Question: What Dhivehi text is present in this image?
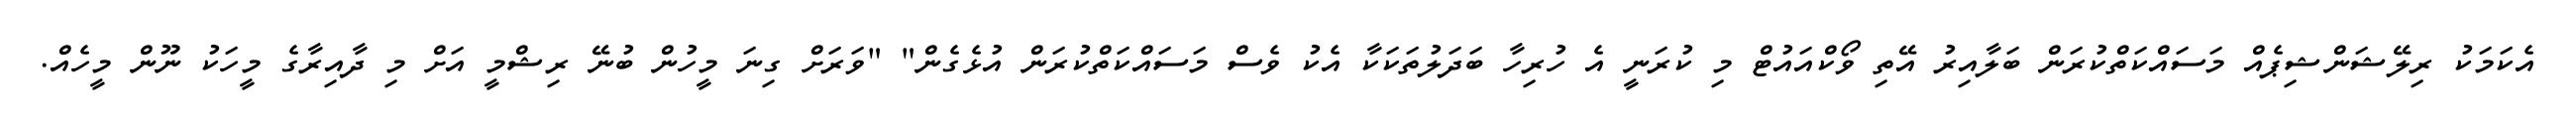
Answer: އެކަމަކު ރިލޭޝަންޝިޕެއް މަސައްކަތްކުރަން ބަލާއިރު އޭތި ވޯކްއައުޓް މި ކުރަނީ އެ ހުރިހާ ބަދަލުތަކަކާ އެކު ވެސް މަސައްކަތްކުރަން އުޅެގެން" "ވަރަށް ގިނަ މީހުން ބުނޭ ރިޝްމީ އަށް މި ދާއިރާގެ މީހަކު ނޫން މީހެއް.